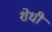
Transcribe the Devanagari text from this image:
शेधी